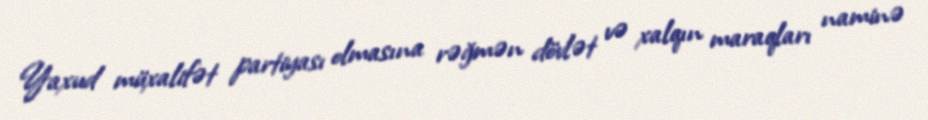
Yaxud müxalifət partiyası olmasına rəğmən dövlət və xalqın maraqları naminə